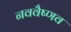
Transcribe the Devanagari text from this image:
नववैष्णव